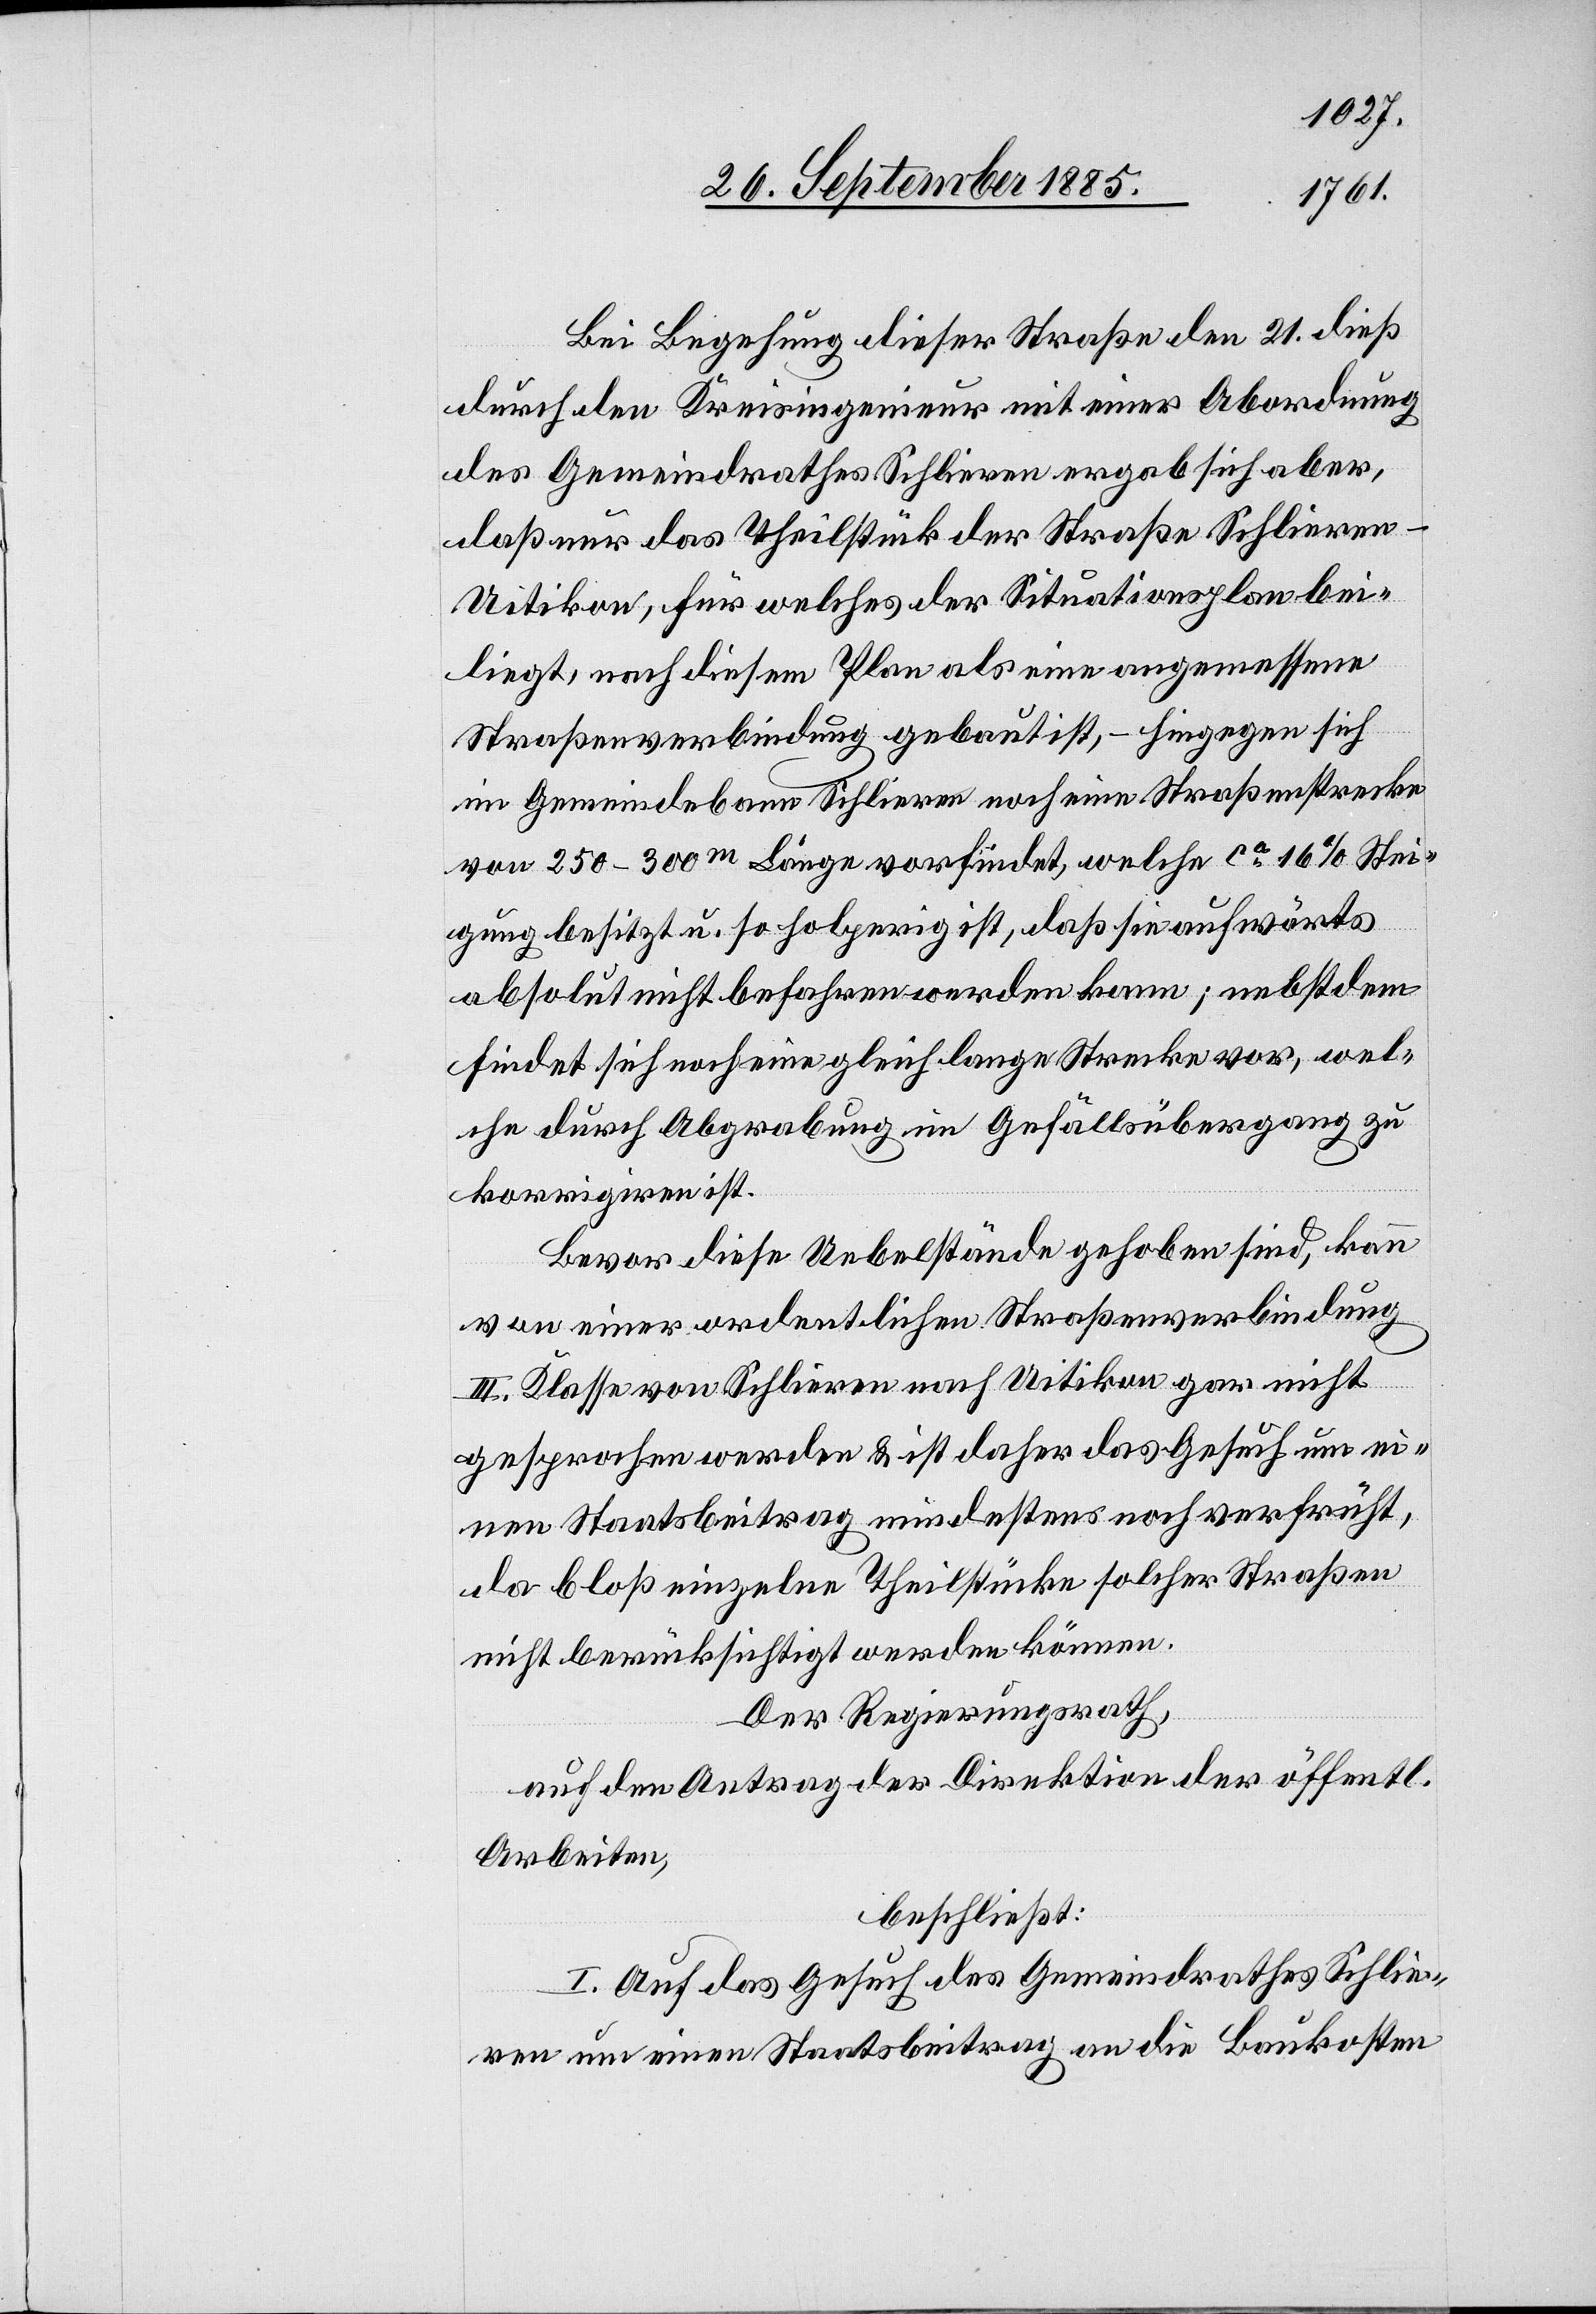
Bei Begehung dieser Straße den 21. dieß
durch den Kreisingenieur mit einer Abordnung
des Gemeindrathes Schlieren ergab sich aber,
daß nur das Theilstück der Straße Schliere¬
n–Uitikon, für welches der Situationsplan bei¬
liegt, nach diesem Plan als eine angemessene
Straßenverbindung gebaut ist, – hingegen sich
im Gemeindebann Schlieren noch eine Straßenstrecke
von 250–300m Länge vorfindet, welche ca 16% Stei¬
gung besitzt u. so holperig ist, daß sie aufwärts
absolut nicht befahren werden kann; nebst dem
findet sich noch eine gleich lange Strecke vor, wel¬
che durch Abgrabung im Gefällsübergang zu
korrigiren ist.
Bevor diese Uebelstände gehoben sind, kann
von einer ordentlichen Straßenverbindung
III. Klasse von Schlieren nach Uitikon gar nicht
gesprochen werden & ist daher das Gesuch um ei¬
nen Staatsbeitrag mindestens noch verfrüht,
da bloß einzelne Theilstücke solcher Straßen
nicht berücksichtigt werden können.
Der Regierungsrath,
auf den Antrag der Direktion der öffentl.
Arbeiten,
beschließt:
I. Auf das Gesuch des Gemeindrathes Schlie¬
ren um einen Staatsbeitrag an die Baukosten